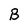
Character: B